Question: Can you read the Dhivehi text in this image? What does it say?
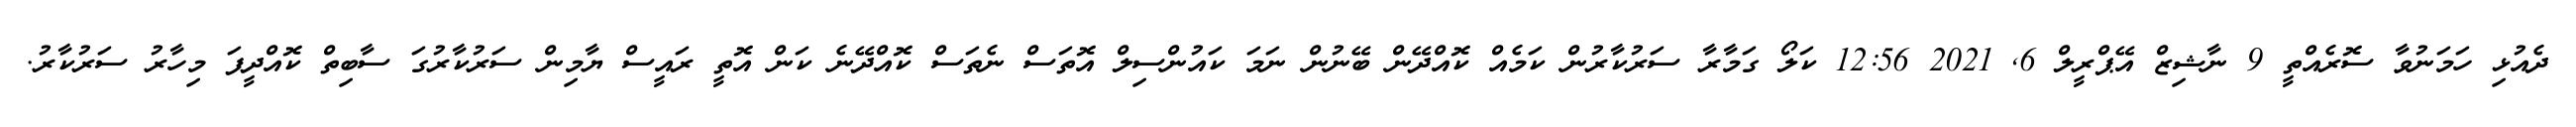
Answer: ދެއުޅި ހަމަނުވާ ސޮރެއްތީ 9 ނާޝިޒް އޭޕްރީލް 6, 2021 12:56 ކަލޯ ގަމާރާ ސަރުކާރުން ކަމެއް ކޮއްދޭން ބޭނުން ނަމަ ކައުންސިލް އޮތަސް ނެތަސް ކޮއްދޭނެ ކަން އޮތީ ރައީސް ޔާމިން ސަރުކާރުގަ ސާބިތް ކޮއްދީފަ މިހާރު ސަރުކާރު.